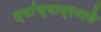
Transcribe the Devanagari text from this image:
त्यांच्याप्रमाणे